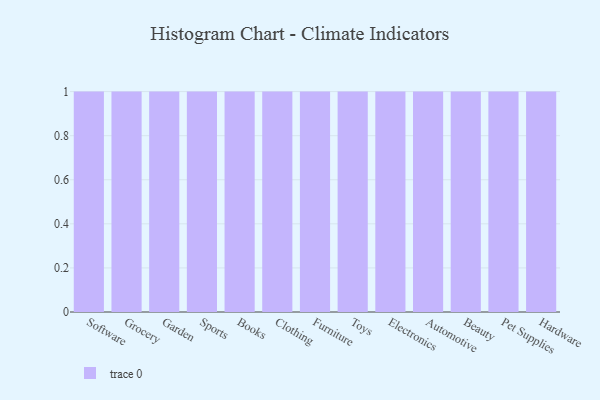
{"axis": {"x": "Category", "y": "Energy Usage (MWh)"}, "legend": [""], "data": [{"x": "Software", "y": 94, "type": ""}, {"x": "Grocery", "y": 58, "type": ""}, {"x": "Garden", "y": 84, "type": ""}, {"x": "Sports", "y": 81, "type": ""}, {"x": "Books", "y": 66, "type": ""}, {"x": "Clothing", "y": 32, "type": ""}, {"x": "Furniture", "y": 32, "type": ""}, {"x": "Toys", "y": 90, "type": ""}, {"x": "Electronics", "y": 65, "type": ""}, {"x": "Automotive", "y": 79, "type": ""}, {"x": "Beauty", "y": 94, "type": ""}, {"x": "Pet Supplies", "y": 28, "type": ""}, {"x": "Hardware", "y": 80, "type": ""}]}